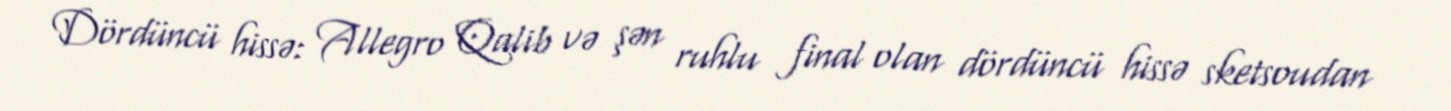
Dördüncü hissə: Allegro Qalib və şən ruhlu final olan dördüncü hissə sketsoudan